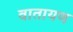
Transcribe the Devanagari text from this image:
वातायण